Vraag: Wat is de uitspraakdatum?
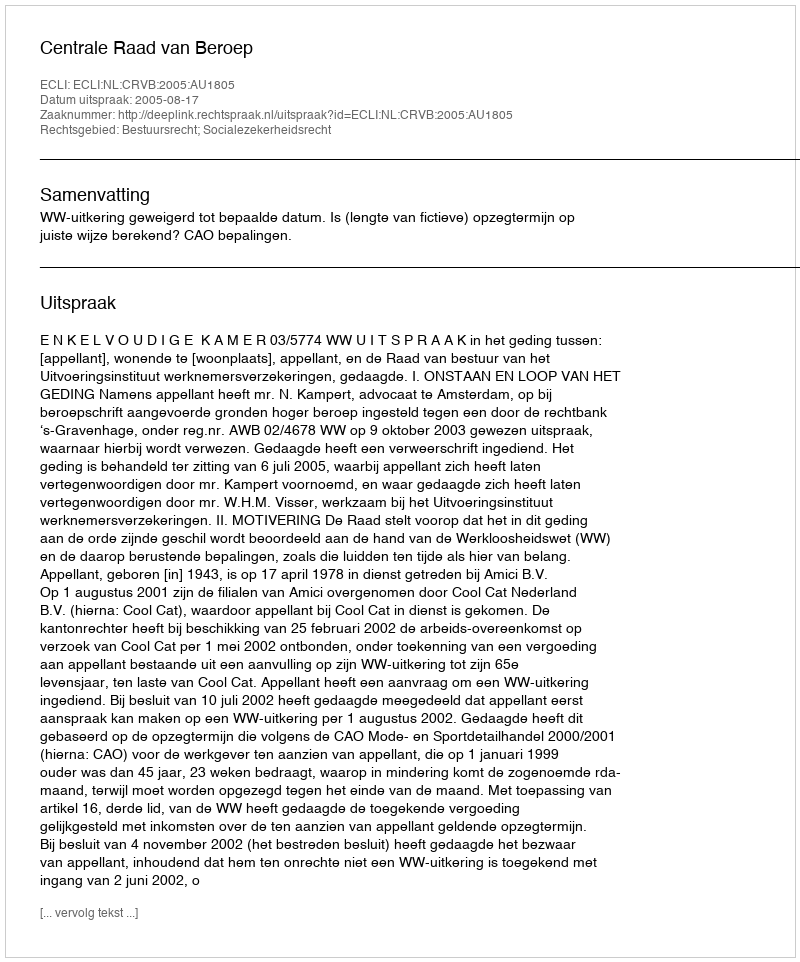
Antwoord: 2005-08-17